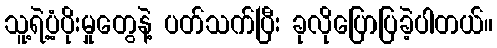
သူ့ရဲ့ပံ့ပိုးမှုတွေနဲ့ ပတ်သက်ပြီး ခုလိုပြောပြခဲ့ပါတယ်။